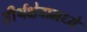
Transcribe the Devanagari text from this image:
तीर्थक्षेत्रामध्ये